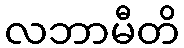
လဘာမီတိ